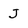
Character: J